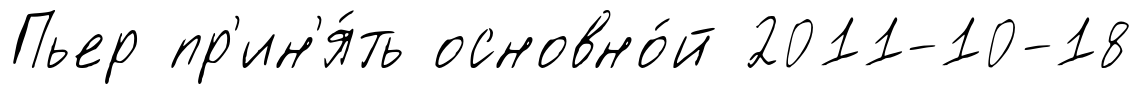
Пьер пр'ин'я́ть основно́й 2011-10-18